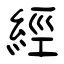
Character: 經